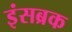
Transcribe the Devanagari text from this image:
इंसब्रक